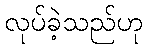
လုပ်ခဲ့သည်ဟု